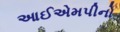
આઈએમપીનો